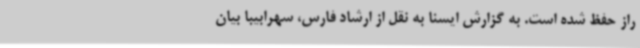
راز حفظ شده است. به گزارش ایسنا به نقل از ارشاد فارس، سهرابیبا بیان